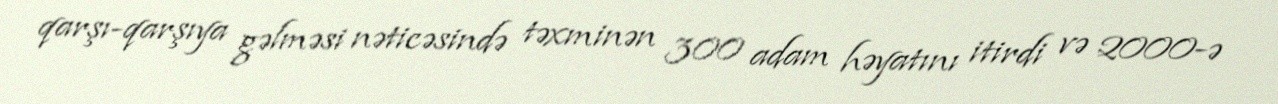
qarşı-qarşıya gəlməsi nəticəsində təxminən 300 adam həyatını itirdi və 2000-ə